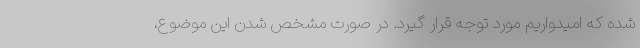
شده که امیدواریم مورد توجه قرار گیرد. در صورت مشخص شدن این موضوع،